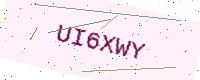
Text: UI6XWY